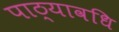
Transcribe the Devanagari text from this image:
पाठ्यावधि